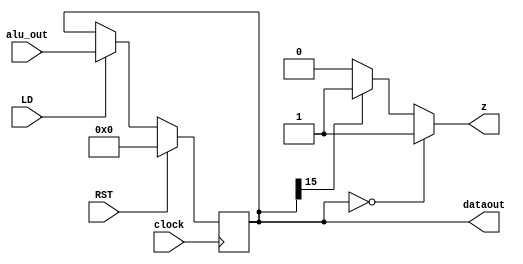
module AC (
input clock,
input LD,
input RST,
input [15:0] alu_out,
output reg [15:0] dataout,
output    z
);

assign z= (dataout==16'd0)? 1'd1:((dataout[15]==1'b1)? 1'd1:1'd0);

always @(posedge clock) 
begin
    if (LD==1)
        dataout<=alu_out;    
    if (RST==1)
        dataout<=16'd0;
end
    
endmodule